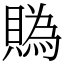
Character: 䞈